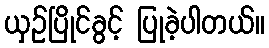
ယှဉ်ပြိုင်ခွင့် ပြုခဲ့ပါတယ်။